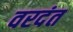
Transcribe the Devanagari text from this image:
वरदंत